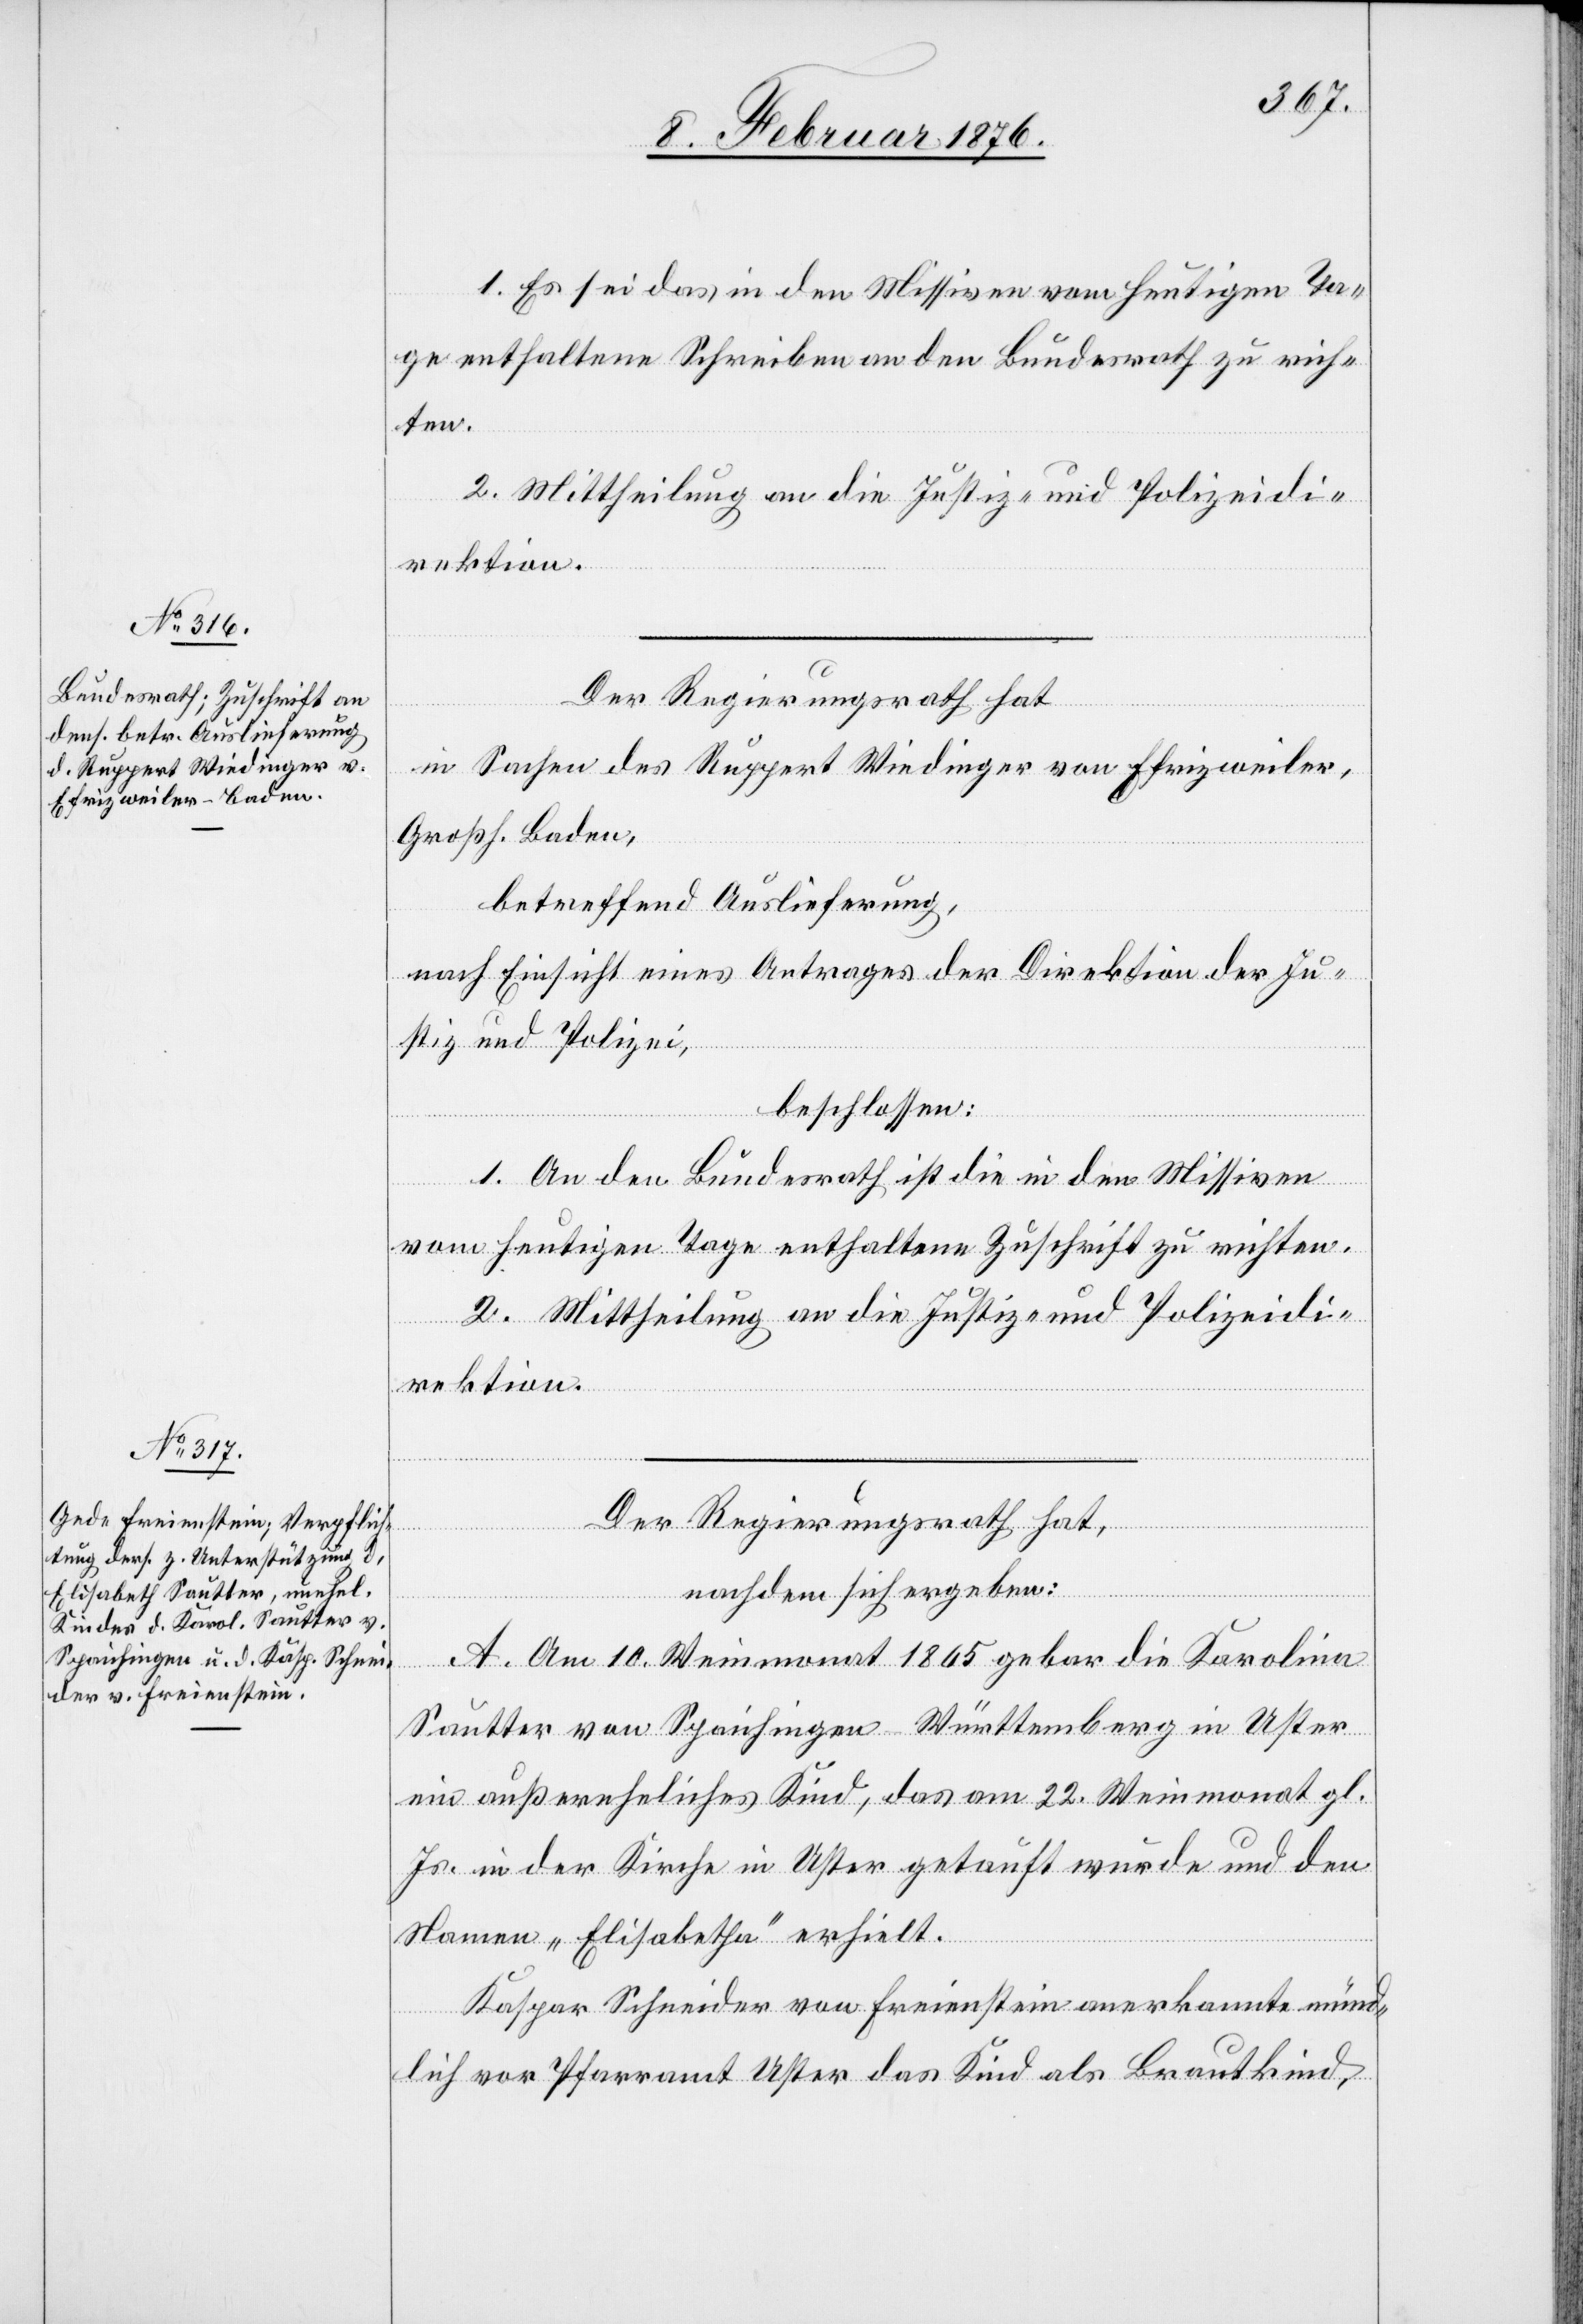
1. Es sei das in den Missiven vom heutigen Ta¬
ge enthaltenen Schreiben an den Bundesrath zu rich¬
ten.
2. Mittheilung an die Justiz- und Polizeidi¬
rektion.
Der Regierungsrath hat
in Sachen des Ruppert Windinger von Efrizweiler,
Großh. Baden,
betreffend Auslieferung,
nach Einsicht eines Antrages der Direktion der Ju¬
stiz und Polizei,
beschlossen:
1. An den Bundesrath ist die in den Missiven
vom heutigen Tage enthaltene Zuschrift zu richten.
2. Mittheilung an die Justiz- und Polizeidi¬
rektion.
Der Regierungsrath hat
nachdem sich ergeben:
A. Am 10. Weinmonat 1865 gebar die Karolin
Sautter von Spaichingen Württemberg in Uster
ein außereheliches Kind, das am 22. Weinmonat gl.
Js. in der Kirche in Uster getauft wurde und den
Namen „Elisabetha“ erhielt.
Kaspar Scheider von Freienstein anerkannte münd¬
lich vor Pfarramt Uster das Kind als Brautkind.